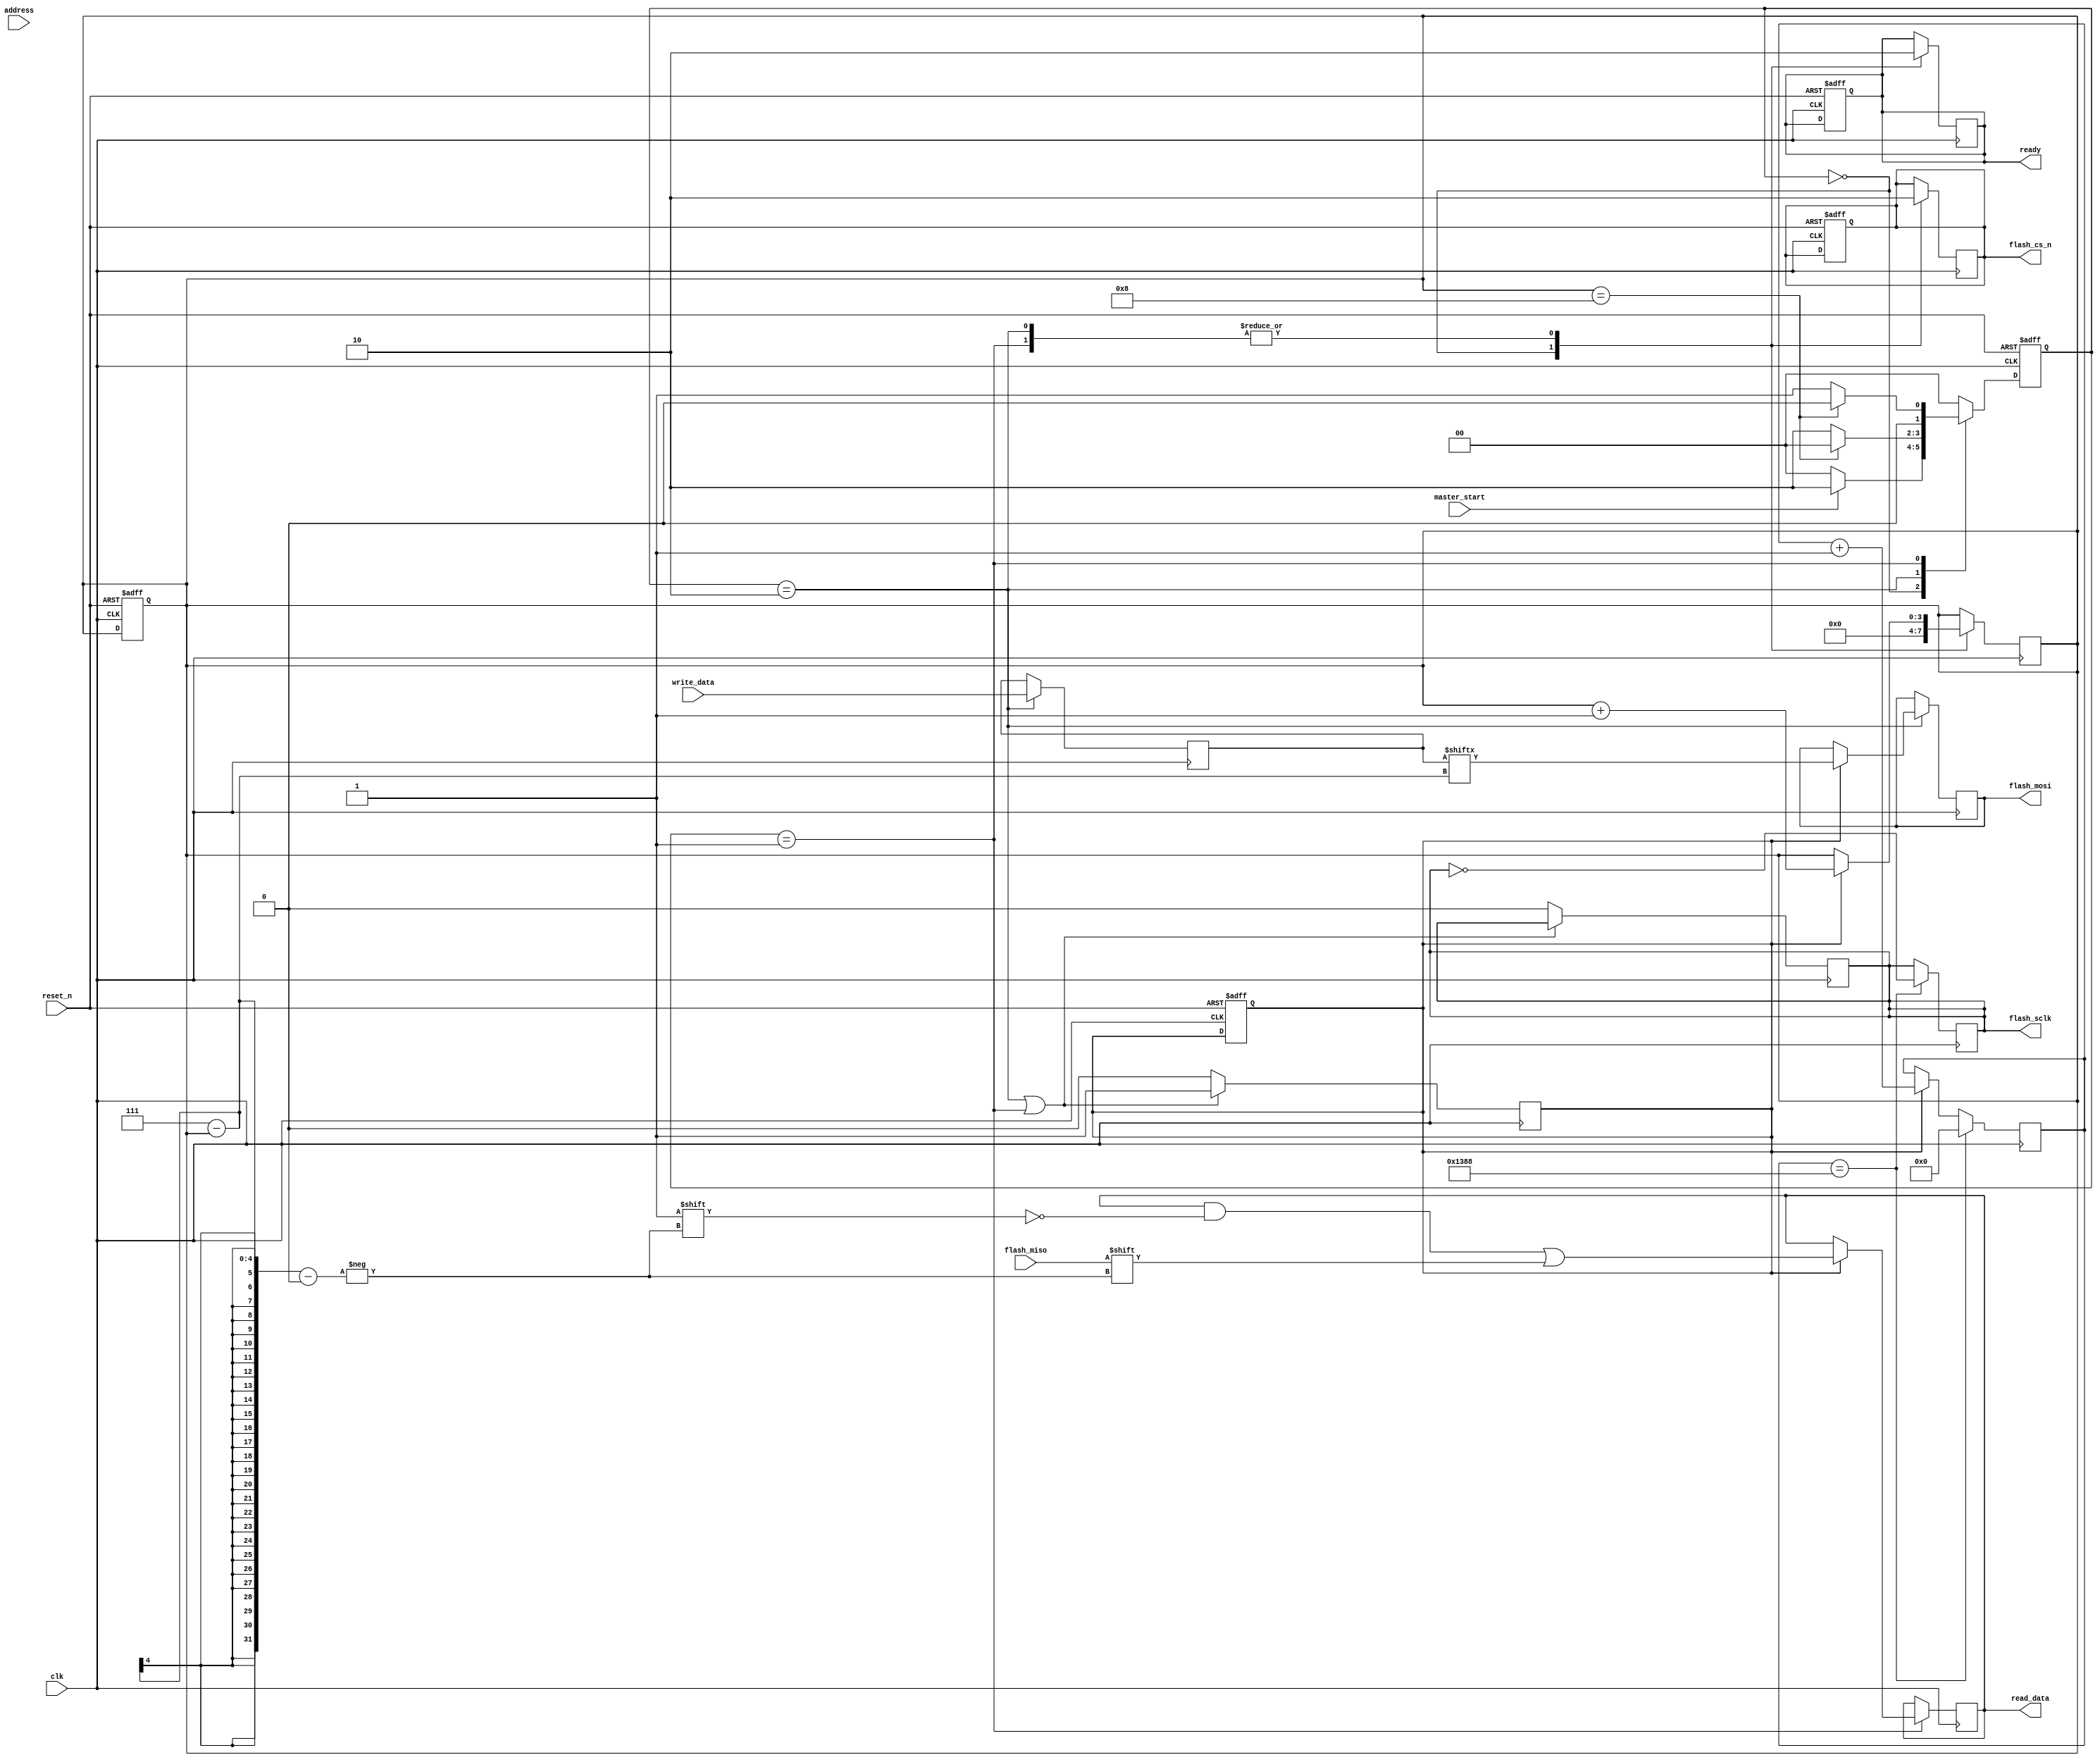
module spi_flash_interface (
    input  wire        clk,            // Main clock
    input  wire        reset_n,        // Active low reset
    input  wire        master_start,    // Signal to start operation
    input  wire [7:0] write_data,      // Data to write
    input  wire [23:0] address,        // Address for read/write operations
    output wire        flash_mosi,     // Master Out Slave In
    input  wire        flash_miso,     // Master In Slave Out
    output wire        flash_sclk,      // Serial Clock
    output wire        flash_cs_n,      // Chip Select (active low)
    output reg         ready,           // Ready signal for the master
    output reg [7:0]  read_data        // Data read from flash
);

    // States for the state machine
    localparam [1:0] IDLE    = 2'b00,
                     READ    = 2'b01,
                     WRITE   = 2'b10,
                     ERASE   = 2'b11;

    reg [1:0] current_state, next_state;
    reg [7:0] data_buffer [0:255]; // For holding data
    reg [7:0] data_out;             // Data output for MOSI
    reg [3:0] bit_count;            // Bit counter for SPI
    reg clock_enable;               // Enable for SCLK
    reg [15:0] clock_divider;       // Clock divider for SCLK

    // State machine to handle different operations
    always @(posedge clk or negedge reset_n) begin
        if (!reset_n) begin
            current_state <= IDLE;
            ready <= 1'b1;
            bit_count <= 4'd0;
            clock_enable <= 1'b0;
            flash_cs_n <= 1'b1; // CS is inactive
        end else begin
            current_state <= next_state;
        end
    end

    // Next state logic
    always @(*) begin
        case (current_state)
            IDLE: begin
                if (master_start) 
                    next_state = WRITE; // Assuming we want to write by default
                else
                    next_state = IDLE;
            end
            
            WRITE: begin
                if (bit_count == 4'd8) 
                    next_state = IDLE; // Transition to IDLE after write
                else
                    next_state = WRITE;
            end
            
            READ: begin
                if (bit_count == 4'd8)
                    next_state = IDLE; // Transition to IDLE after read
                else
                    next_state = READ;
            end
            
            default: next_state = IDLE;
        endcase
    end

    // Control logic for SPI
    always @(posedge clk) begin
        case (current_state)
            IDLE: begin
                ready <= 1'b1;
                flash_cs_n <= 1'b1; // Deactivate chip
                bit_count <= 4'd0;
            end
            
            WRITE: begin
                ready <= 1'b0;
                flash_cs_n <= 1'b0; // Activate chip
                data_out <= write_data; // Prepare data for transmission
                if (clock_enable) begin
                    flash_mosi <= data_out[7 - bit_count]; // Send data bit by bit
                    bit_count <= bit_count + 1;
                end
            end
            
            READ: begin
                ready <= 1'b0;
                flash_cs_n <= 1'b0; // Activate chip
                if (clock_enable) begin
                    read_data[7 - bit_count] <= flash_miso; // Read data bit by bit
                    bit_count <= bit_count + 1;
                end
            end
        endcase
    end

    // Clock generation for SCLK
    always @(posedge clk) begin
        if (clock_enable) begin
            clock_divider <= clock_divider + 1;
        end
        
        if (clock_divider == 16'd5000) begin // Adjust as necessary for desired frequency
            flash_sclk <= ~flash_sclk; // Toggle SCLK
            clock_divider <= 16'd0; // Reset the divider
        end
    end

    // Enable clock for SPI transmission
    always @(posedge clk) begin
        if (current_state == WRITE || current_state == READ) begin
            clock_enable <= 1'b1;
        end else begin
            clock_enable <= 1'b0;
            flash_sclk <= 1'b0; // Ensure SCLK is low
        end
    end

endmodule